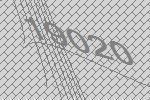
19020